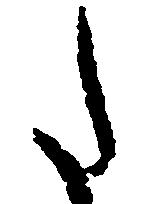
た